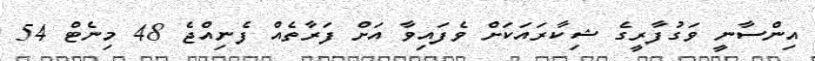
އިންސާނީ ވަގުފާރީގެ ޝިކާރައަކަށް ވެފައިވާ އަށް ފަރާތެއް ފެނިއްޖެ 48 މިނެޓް 54